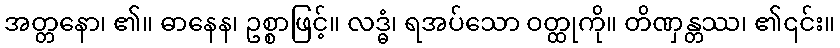
အတ္တနော၊ ၏။ ဓာနေန၊ ဥစ္စာဖြင့်။ လဒ္ဓံ၊ ရအပ်သော ဝတ္ထုကို။ တိဏှန္တဿ၊ ၏၎င်း။